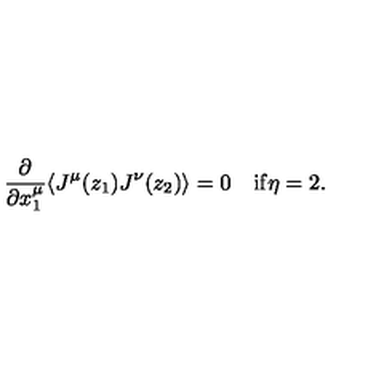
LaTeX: \begin{array} { c c } { \displaystyle { \frac { \partial } { \partial x _ { 1 } ^ { \mu } } } \langle J ^ { \mu } ( z _ { 1 } ) J ^ { \nu } ( z _ { 2 } ) \rangle = 0 } & { \mathrm { i f } \eta = 2 . } \\ \end{array}